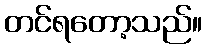
တင်ရတော့သည်။